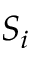
S _ { i }